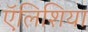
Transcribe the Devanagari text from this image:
ऍलिशिया